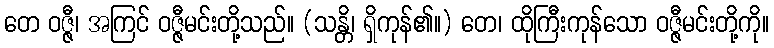
တေ ဝဇ္ဇီ၊ အကြင် ဝဇ္ဇီမင်းတို့သည်။ (သန္တိ၊ ရှိကုန်၏။) တေ၊ ထိုကြီးကုန်သော ဝဇ္ဇီမင်းတို့ကို။